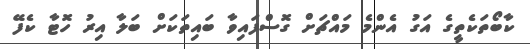
ކާބޯތަކެތީގެ އަގު އެންމެ މައްޗަށް ގޮސްފައިވާ ބައިތަކަށް ބަލާ އިރު ހޮޓާ ކެފޭ